Indian journal of veterinary science and animal husbandry - Volume 7,
Year: 1937
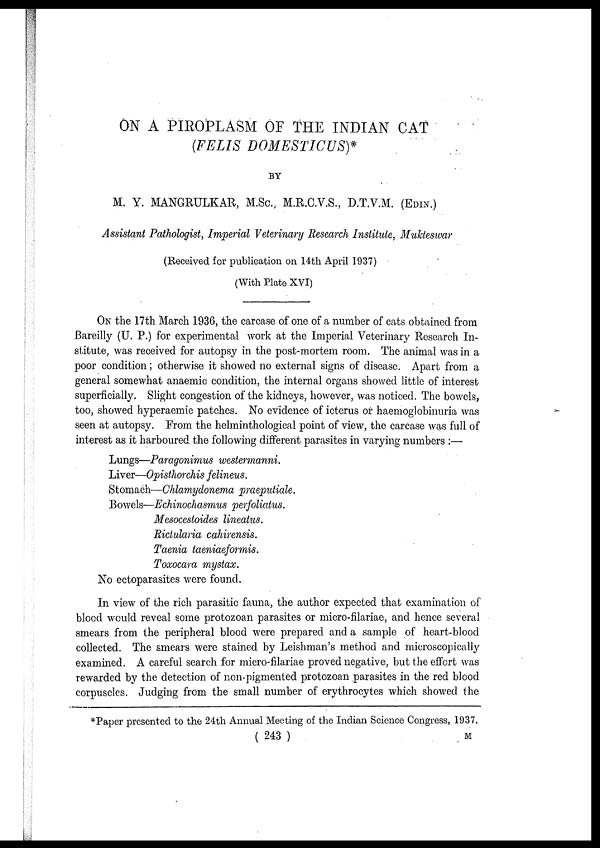
ON A PIROPLASM OF THE INDIAN CAT
(FELIS DOMESTICUS)*
BY
M. Y. MANGRULKAR, M.Sc. M.R.C.V.S., D.T.V.M. (EDIN.)
Assistant Pathologist, Imperial Veterinary Research Institute, Mukteswar
(Received for publication on 14th April 1937)
(With Plate XVI)
ON the 17th March 1936, the carcase of one of a number of cats obtained from
Bareilly (U. P.) flor experimental work at the Imperial Veterinary Research In-
stitute, was received for autopsy in the post-mortem room. The animal was in a
poor condition; otherwise it showed no external signs of disease. Apart from a
general somewhat anaemic condition, the internal organs showed little of interest
superficially. Slight congestion of the kidneys, however, was noticed. The bowels,
too, showed hyperaemic patches. No evidence of icterus or haemoglobinuria was
seen at autopsy. From the helminthological point of view, the carcase was full of
interest as it harboured the following different parasites in varying numbers :—
Lungs—Paragonimus westermanni.
Liver—Opisthorchis felineus.
Stomach—Chlamydonema praeputiale.
Bowels—Echinochasmus perfoliatus.
Mesocestoides lineatus.
Rictularia cahirensis.
Taenia taeniaeformis.
Toxocara mystax.
No ectoparasites were found.
In view of the rich parasitic fauna, the author expected that examination of
blood would reveal some protozoan parasites or micro-filariae, and hence several
smears from the peripheral blood were prepared and a sample of heart-blood
collected. The smears were stained by Leishman's method and microscopically
examined. A careful search for micro-filariae proved negative, but the effort was
rewarded by the detection of non-pigmented protozoan parasites in the red blood
corpuscles. Judging from the small number of erythrocytes which showed the
*Paper presented to the 24th Annual Meeting of the Indian Science Congress, 1937.
( 243 )
M